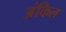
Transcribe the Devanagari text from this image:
अंकिल